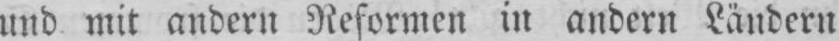
und mit andern Reformen in andern Ländern